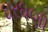
ઘરધણી